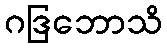
ဂဒြဘောသိ